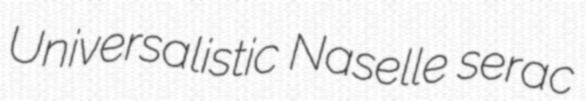
Universalistic Naselle serac